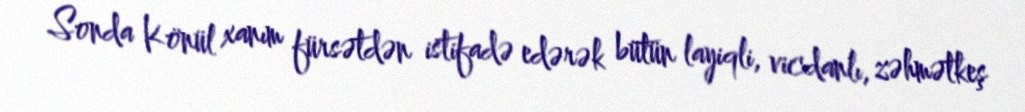
Sonda Könül xanım fürsətdən istifadə edərək bütün layiqli, vicdanlı, zəhmətkeş